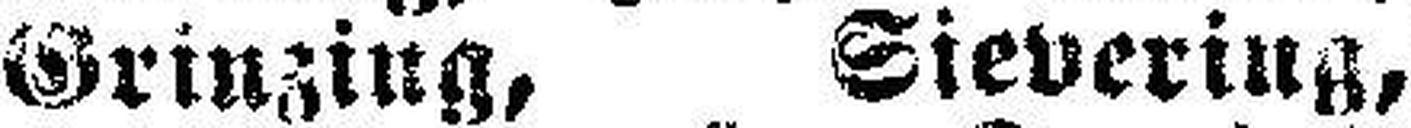
Grinzing, Sievering,